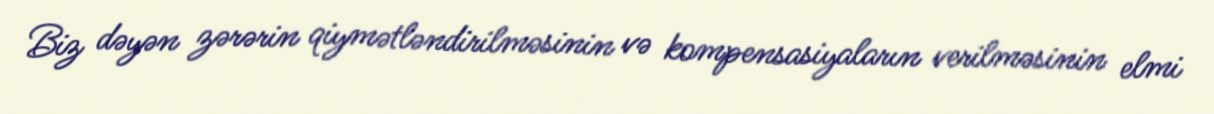
Biz dəyən zərərin qiymətləndirilməsinin və kompensasiyaların verilməsinin elmi